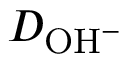
D _ { \mathrm { O H } ^ { - } }